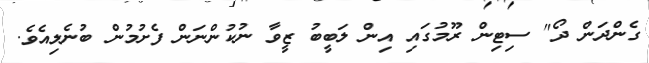
ގެންދަން ދޯ" ސިޓިން ރޫމުގައި އިން ލަބީބު ޒީވާ ނުކުންނަން ފެށުމުން ބުނެލިއެވެ.